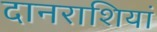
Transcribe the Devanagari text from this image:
दानराशियां